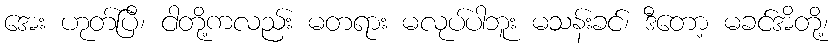
အေး ဟုတ်ပြီ၊ ငါတို့ကလည်း မတရား မလုပ်ပါဘူး မသန်းခင်၊ ဒီတော့ မခင်အိတို့၊